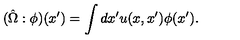
( \hat { \Omega } : \phi ) ( x ^ { \prime } ) = \int d x ^ { \prime } u ( x , x ^ { \prime } ) \phi ( x ^ { \prime } ) .